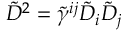
\tilde { D } ^ { 2 } = \tilde { \gamma } ^ { i j } \tilde { D } _ { i } \tilde { D } _ { j }